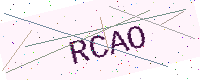
Text: RCAO